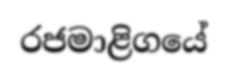
රජමාළිගයේ